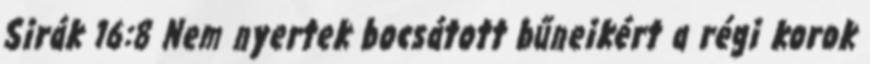
Sirák 16:8 Nem nyertek bocsátott bűneikért a régi korok